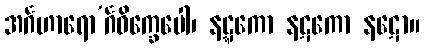
အင်္ဂဟာရော’င်္ဂဝိက္ခေပေါ၊ နဋ္ဋကော နဋကော နဋော။